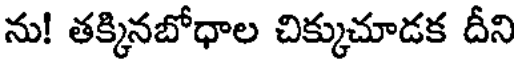
ను! తక్కినబోధాల చిక్కుచూడక దీని